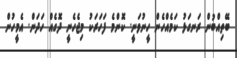
ބޭތިއްބުން ރަނގަޅު ކަމެއްހެން ހީނުވަނީ. ކޮންމެ ފަހަރަކު މިޖެހެނީ ދޮގެއް ހަދަން. އެމީހުން